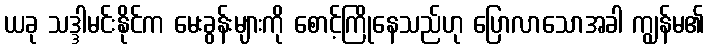
ယခု သဒ္ဒါမင်းနိုင်က မေးခွန်းများကို စောင့်ကြိုနေသည်ဟု ပြောလာသောအခါ ကျွန်မ၏